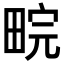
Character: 𬏉